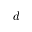
d